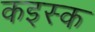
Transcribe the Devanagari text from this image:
कइस्क